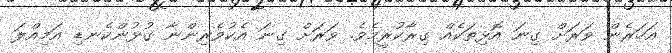
އަހަރެން ވަރަށް ގިނަ އޮޅިތަކެއް ގިރާކުރީމެވެ. ވަރަށް ގިނަ އެކުވެރިންނާ ގުޅުންކެނޑި އަމިއްލަ